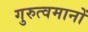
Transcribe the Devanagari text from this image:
गुरुत्वमानों